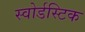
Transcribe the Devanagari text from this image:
स्वोर्डस्टिक